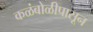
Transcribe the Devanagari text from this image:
कळंबोळीपासून